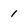
Character: 1